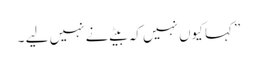
” کہا کیوں نہیں کہ بیٹے نے نہیں لیے ۔